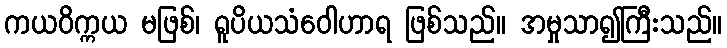
ကယဝိက္ကယ မဖြစ်၊ ရူပိယသံဝေါဟာရ ဖြစ်သည်။ အမှုသာ၍ကြီးသည်။